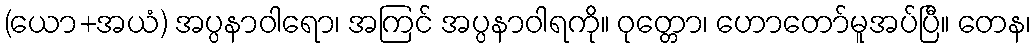
(ယော+အယံ) အပ္ပနာဝါရော၊ အကြင် အပ္ပနာဝါရကို။ ဝုတ္တော၊ ဟောတော်မူအပ်ပြီ။ တေန၊